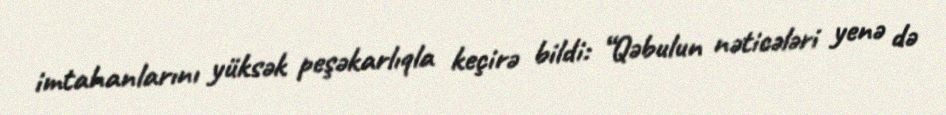
imtahanlarını yüksək peşəkarlıqla keçirə bildi: “Qəbulun nəticələri yenə də